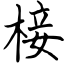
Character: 椄